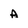
Character: A